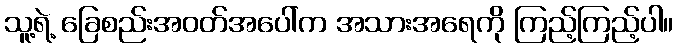
သူ့ရဲ့ ခြေစည်းအဝတ်အပေါ်က အသားအရေကို ကြည့်ကြည့်ပါ။